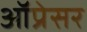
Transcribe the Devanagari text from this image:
ऑप्रेसर